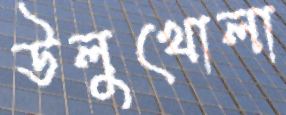
উলুখোলা